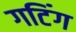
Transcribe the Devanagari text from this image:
गटिंग